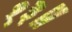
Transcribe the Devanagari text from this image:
१३॥